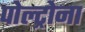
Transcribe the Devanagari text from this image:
पोल्ट्रोना